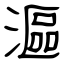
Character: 漚